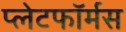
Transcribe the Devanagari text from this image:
प्लेटफॉर्मस